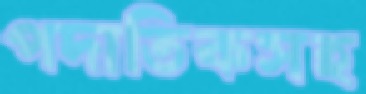
পদাতিকসহ